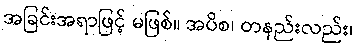
အခြင်းအရာဖြင့် မဖြစ်။ အပိစ၊ တနည်းလည်း၊